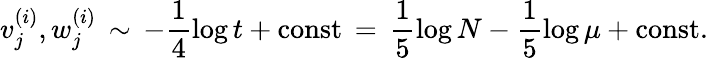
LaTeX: v_{j}^{(i)},w_{j}^{(i)}\, \sim\, -\frac{1}{4}\log t+\mathrm{const}\, =\, \frac{1}{5}\log N-\frac{1}{5}\log\mu+\mathrm{const}.